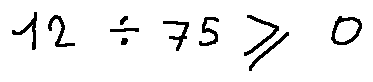
1 2 \div 7 5 \geq 0